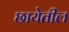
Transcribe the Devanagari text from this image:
छायेतील